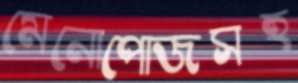
মেনোপোজসহ